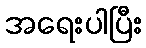
အရေးပါပြီး